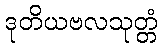
ဒုတိယဗလသုတ္တံ